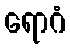
ရောဂံ